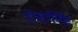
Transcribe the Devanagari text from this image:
रोसलिंद